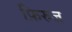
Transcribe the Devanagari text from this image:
फ़िरुज